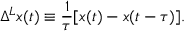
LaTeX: \Delta ^ { L } x ( t ) \equiv \frac { 1 } { \tau } [ x ( t ) - x ( t - \tau ) ] .